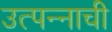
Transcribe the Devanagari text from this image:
उत्पन्‍नाची